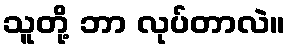
သူတို့ ဘာ လုပ်တာလဲ။